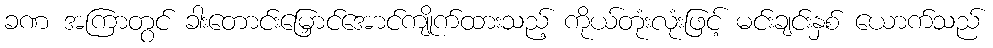
ခဏ အကြာတွင် ခါးတောင်းမြှောင်အောင်ကျိုက်ထားသည့် ကိုယ်တုံးလုံးဖြင့် မင်းချင်းနှစ် ယောက်သည်